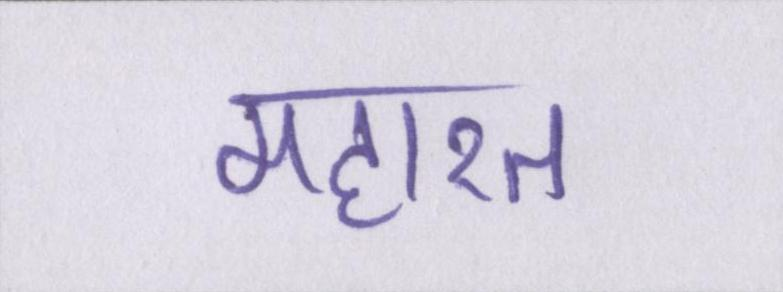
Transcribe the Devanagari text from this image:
महारत